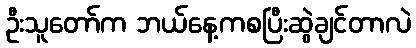
ဦးသူတော်က ဘယ်နေ့ကစပြီးဆွဲချင်တာလဲ